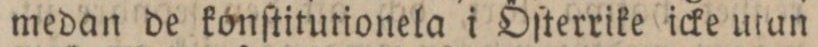
medan de konſtitutionela i Öſterrike icke utan